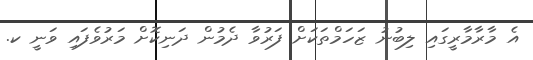
އެ މާރާމާރީގައި ލިބުނު ޒަހަމްތަކަށް ފަރުވާ ދެމުން ދަނިކޮށް މަރުވެފައި ވަނީ ކ.